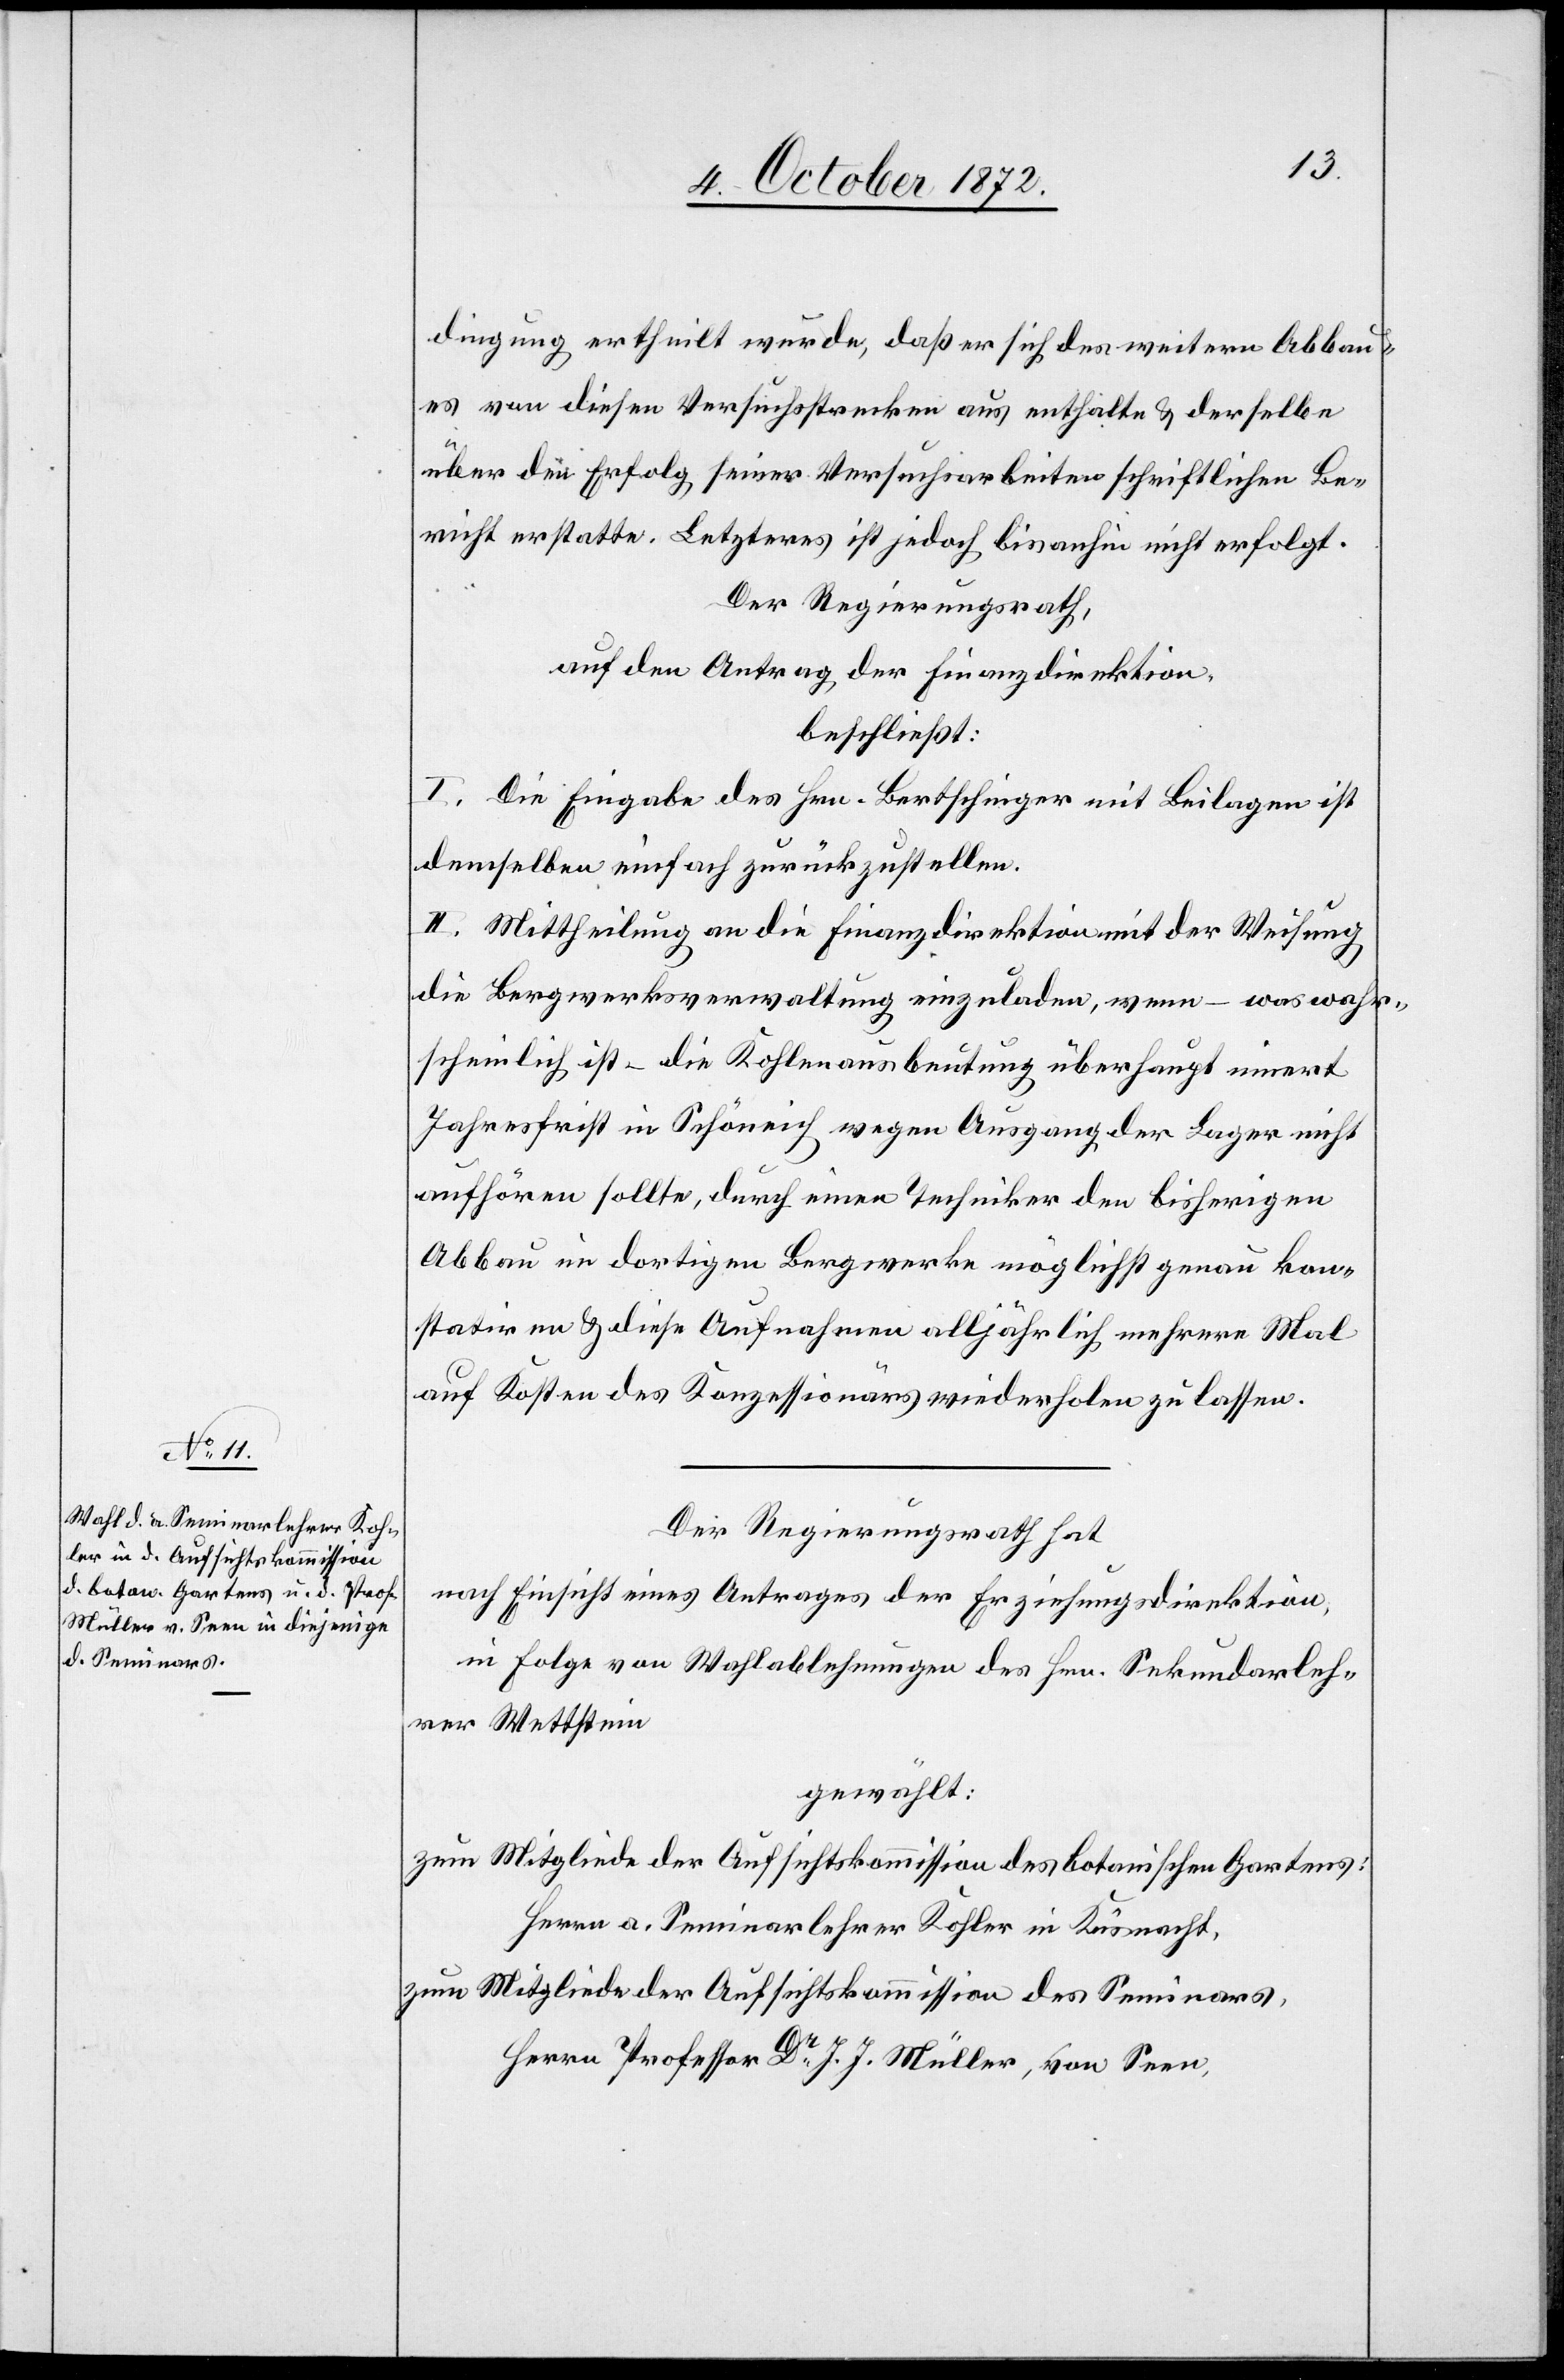
dingung ertheilt wurde, daß er sich des weitern Abbau¬
es von diesen Versuchsstrecken aus enthalte u. derselbe
über den Erfolg seiner Versuchsarbeiten schriftlichen Be¬
richt erstatte. Letzteres ist jedoch bisanhin nicht erfolgt.
Der Regierungsrath,
auf den Antrag der Finanzdirektion,
beschließt:
I. Die Eingabe des Hrn. Bertschinger mit Beilagen ist
demselben einfach zurückzustellen.
II. Mittheilung an die Finanzdirektion mit der Weisung,
die Bergwerksverwaltung einzuladen, wenn – was wahr¬
scheinlich ist – die Kohlenausbeutung überhaupt innert
Jahresfrist in Schöneich wegen Ausgang der Lager nicht
aufhören sollte, durch einen Techniker den bisherigen
Abbau im dortigen Bergwerke möglichst genau kon¬
statiren u. diese Aufnahmen alljährlich mehrere Mal
auf Kosten des Konzessionärs wiederholen zu lassen.
Der Regierungsrath hat
nach Einsicht eines Antrages der Erziehungsdirektion,
in Folge von Wahlablehnungen des Hrn. Sekundarleh¬
rer Wettstein
gewählt:
zum Mitgliede der Aufsichtskommission des botanischen Gartens:
Herrn a. Seminarlehrer Kohler in Küsnacht,
zum Mitgliede der Aufsichtskommission des Seminars,
Herrn Professor Dr J. J. Müller, von Seen,